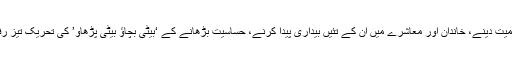
ہندوستان میں بھی بیٹیوں کو اہمیت دینے، خاندان اور معاشرے میں ان کے تئیں بیداری پیدا کرنے، حساسیت بڑھانے کے ‘بیٹی بچاؤ بیٹی پڑھاؤ’ کی تحریک تیز رفتاری سے آگے بڑھ رہی ہے۔